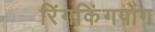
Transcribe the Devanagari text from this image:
रिंगकिंगपोंग